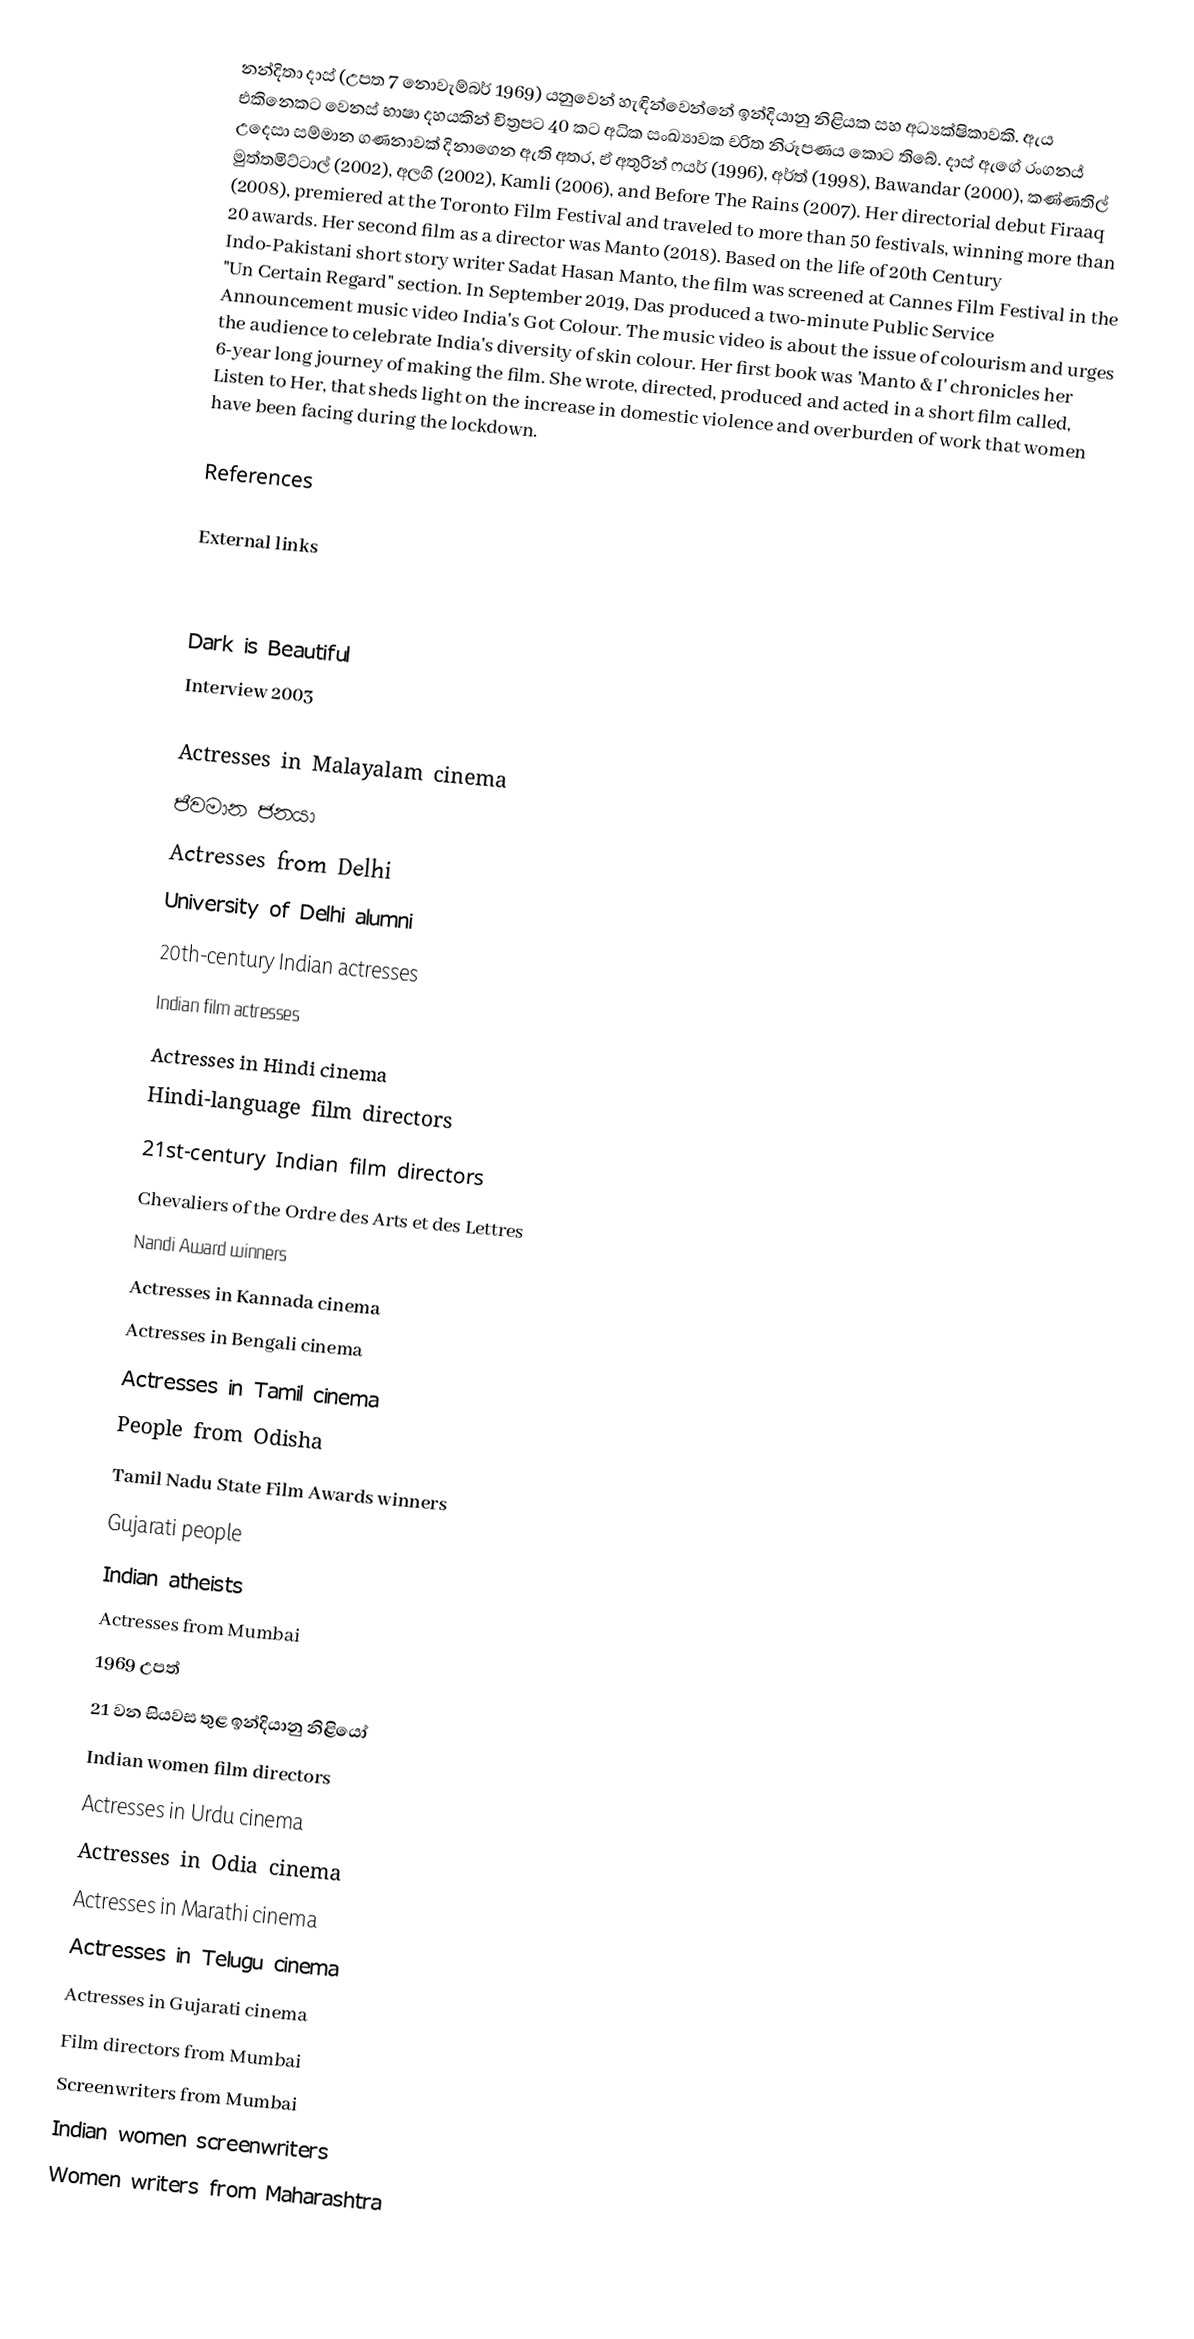
නන්දිතා දාස් (උපත 7 නොවැම්බර් 1969) යනුවෙන් හැඳින්වෙන්නේ ඉන්දියානු නිළියක සහ අධ්‍යක්ෂිකාවකි. ඇය එකිනෙකට වෙනස් භාෂා දහයකින් චිත්‍රපට 40 කට අධික සංඛ්‍යාවක චරිත නිරූපණය කොට තිබේ. දාස් ඇගේ රංගනය් උදෙසා සම්මාන ගණනාවක් දිනාගෙන ඇති අතර, ඒ අතුරින් ෆයර් (1996), අර්ත් (1998), Bawandar (2000), කණ්ණතිල් මුත්තමිට්ටාල් (2002), අලගි (2002), Kamli (2006), and Before The Rains (2007). Her directorial debut Firaaq (2008), premiered at the Toronto Film Festival and traveled to more than 50 festivals, winning more than 20 awards. Her second film as a director was Manto (2018). Based on the life of 20th Century Indo-Pakistani short story writer Sadat Hasan Manto, the film was screened at Cannes Film Festival in the "Un Certain Regard" section. In September 2019, Das produced a two-minute Public Service Announcement music video India's Got Colour. The music video is about the issue of colourism and urges the audience to celebrate India's diversity of skin colour. Her first book was 'Manto & I' chronicles her 6-year long journey of making the film. She wrote, directed, produced and acted in a short film called, Listen to Her, that sheds light on the increase in domestic violence and overburden of work that women have been facing during the lockdown.

References

External links

 Dark is Beautiful
Interview 2003

Actresses in Malayalam cinema
ජීවමාන ජනයා
Actresses from Delhi
University of Delhi alumni
20th-century Indian actresses
Indian film actresses
Actresses in Hindi cinema
Hindi-language film directors
21st-century Indian film directors
Chevaliers of the Ordre des Arts et des Lettres
Nandi Award winners
Actresses in Kannada cinema
Actresses in Bengali cinema
Actresses in Tamil cinema
People from Odisha
Tamil Nadu State Film Awards winners
Gujarati people
Indian atheists
Actresses from Mumbai
1969 උපත්
21 වන සියවස තුළ ඉන්දියානු නිළියෝ
Indian women film directors
Actresses in Urdu cinema
Actresses in Odia cinema
Actresses in Marathi cinema
Actresses in Telugu cinema
Actresses in Gujarati cinema
Film directors from Mumbai
Screenwriters from Mumbai
Indian women screenwriters
Women writers from Maharashtra